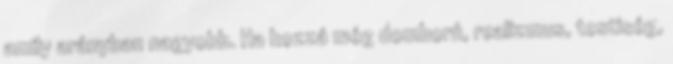
amily arányban nagyobb. Ha hozzá még domború, realizmus, testiség,